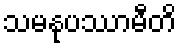
သမနုပဿာမီတိ